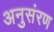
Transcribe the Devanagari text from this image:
अनुसंरण